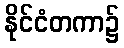
နိုင်ငံတကာ၌